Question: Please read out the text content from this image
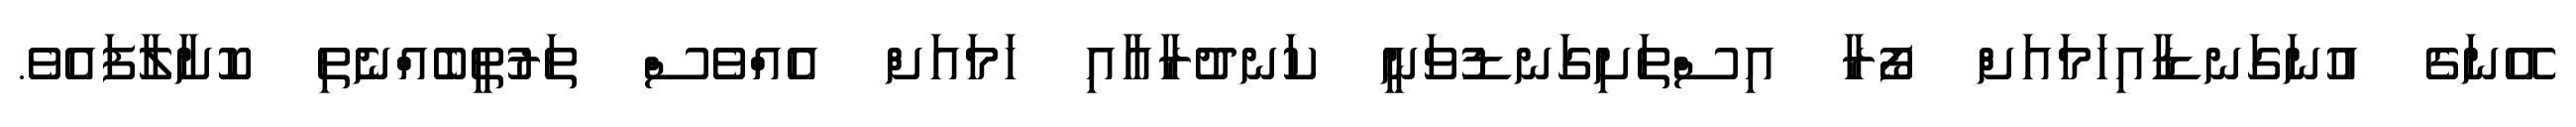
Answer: އޭނަގެ އުނަގަނޑާއިހަމައަށް ފޯރާ އިސްތަށިގަނޑުވަނީ ކަނދުރާއާއި ހަމައަށް އެއްވެސް ތަރުތީބެއްނެތި ކޮށާލާފައެވެ.